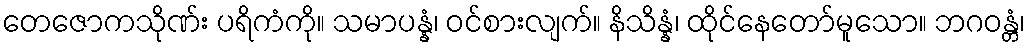
တေဇောကသိုဏ်း ပရိကံကို။ သမာပန္နံ၊ ဝင်စားလျက်။ နိသိန္နံ၊ ထိုင်နေတော်မူသော။ ဘဂဝန္တံ၊